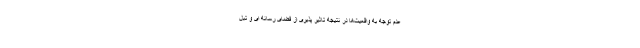
عدم توجه به واقعیت‌ها در نتیجه تاثیر پذیری از فضای رسانه ای و تبل